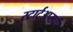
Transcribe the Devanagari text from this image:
स्टार्टअप्सची